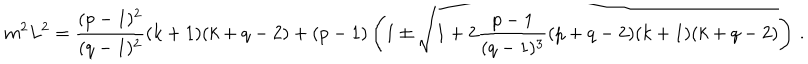
LaTeX: m ^ { 2 } L ^ { 2 } = { \frac { ( p - 1 ) ^ { 2 } } { ( q - 1 ) ^ { 2 } } } ( k + 1 ) ( k + q - 2 ) + ( p - 1 ) \left( 1 \pm \sqrt { 1 + 2 { \frac { p - 1 } { ( q - 1 ) ^ { 3 } } } ( p + q - 2 ) ( k + 1 ) ( k + q - 2 ) } \right) \, .